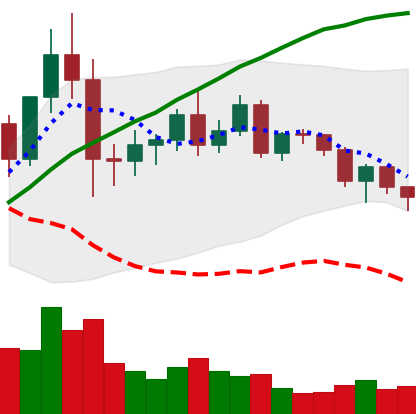
Ticker: NEO-USD
Chart end date: 2020-12-11
Forward return: 12.064%
Label: up_7plus